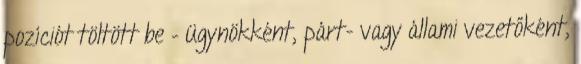
pozíciót töltött be – ügynökként, párt- vagy állami vezetőként,